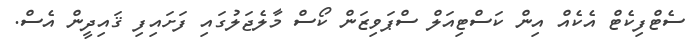
ސެޓްފިކެޓް އެކެއް އިން ކަސްޓިއަލް ސްޕަވިޒަން ކޯސް މާލެޖަލުގައި ފަށައިފި ޤައިދީން އެސް.